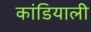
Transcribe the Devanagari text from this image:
कांडियाली